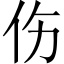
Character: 伤